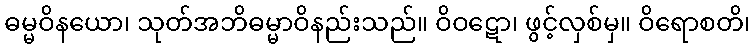
ဓမ္မဝိနယော၊ သုတ်အဘိဓမ္မာဝိနည်းသည်။ ဝိဝဋော၊ ဖွင့်လှစ်မှ။ ဝိရောစတိ၊